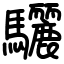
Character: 驪